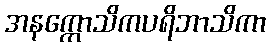
အနက္ကောသိကပရိဘာသိကာ